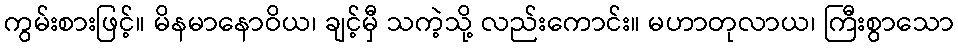
ကွမ်းစားဖြင့်။ မိနမာနောဝိယ၊ ချင့်မှီ သကဲ့သို့ လည်းကောင်း။ မဟာတုလာယ၊ ကြီးစွာသော